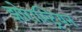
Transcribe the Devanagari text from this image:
झोरास्ट्रियन